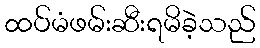
ထပ်မံဖမ်းဆီးရမိခဲ့သည်